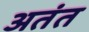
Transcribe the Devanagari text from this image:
अतंत